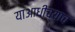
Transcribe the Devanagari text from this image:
याआधीच्याच